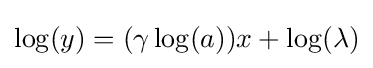
\log(y)=(\gamma \log(a))x+\log(\lambda )